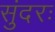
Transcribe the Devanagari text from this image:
सुंदरः